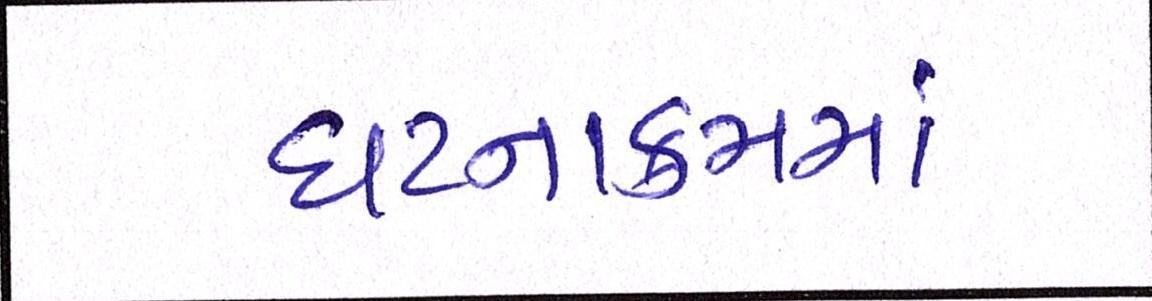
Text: ઘટનાક્રમમાં